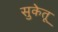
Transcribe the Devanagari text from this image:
सुकेतू